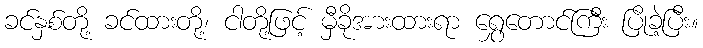
ခင်နှစ်တို့ ခင်ထားတို့၊ ငါတို့ဖြင့် မှီခိုအားထားရာ ရွှေတောင်ကြီး ပြိုခဲ့ပြီး။